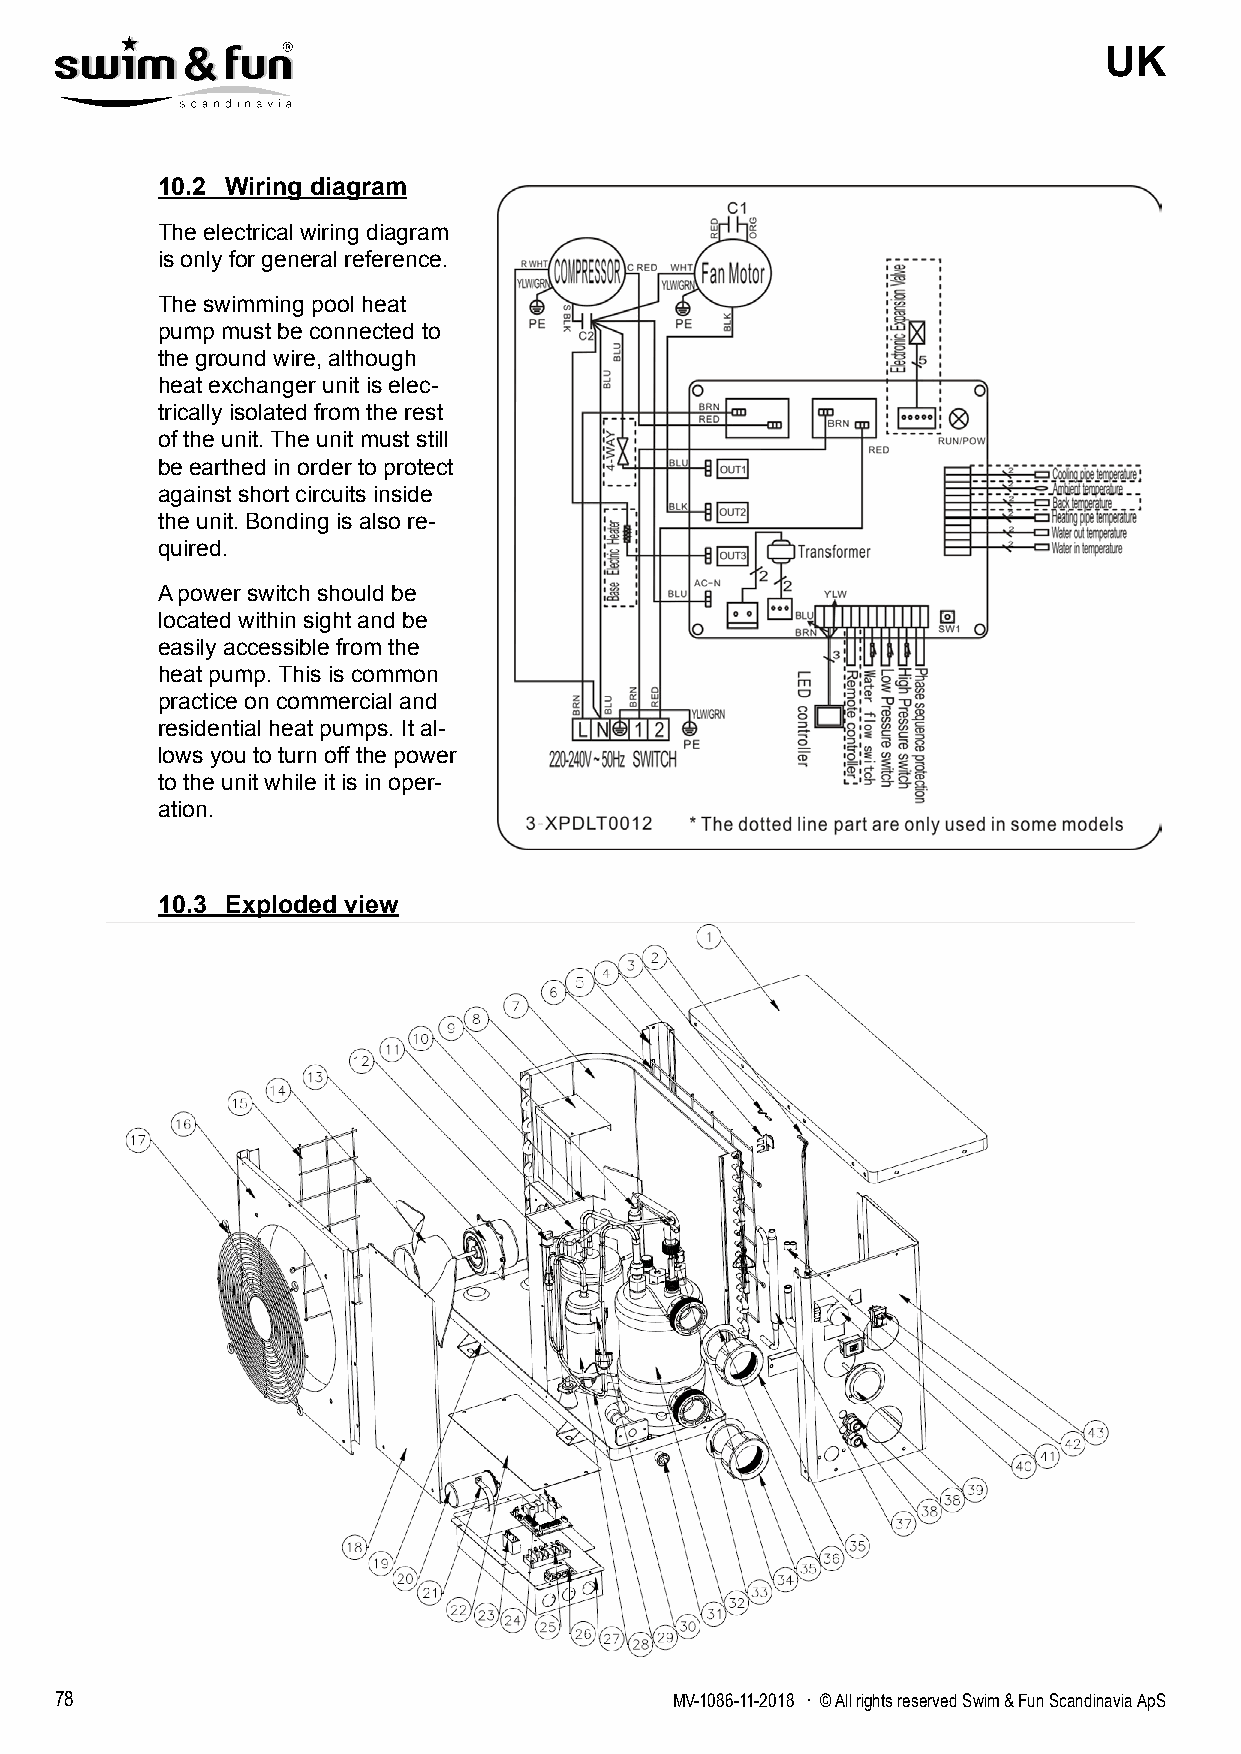
UK
 10.2 Wiring diagram
 The electrical wiring diagram
 is only for general reference.
 The swimming pool heat
 pump must be connected to
 the ground wire, although
 heat exchanger unit is elec-
 trically isolated from the rest
 of the unit. The unit must still
 be earthed in order to protect
 against short circuits inside
 the unit. Bonding is also re-
 quired.
 A power switch should be
 located within sight and be
 easily accessible from the
 heat pump. This is common
 practice on commercial and
 residential heat pumps. It al-
 lows you to turn off the power
 to the unit while it is in oper-
 ation.
 10.3 Exploded view
 78                                      MV-1086-11-2018 . © All rights reserved Swim & Fun Scandinavia ApS